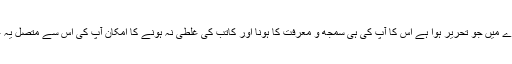
اس میں کلمہ شہادت کے بارے میں جو تحریر ہوا ہے اس کا آپ کی ہی سمجھ و معرفت کا ہونا اور کاتب کی غلطی نہ ہونے کا امکان آپ کی اس سے متصل یہ عبارت بھی ختم کردیتی ہے ۔